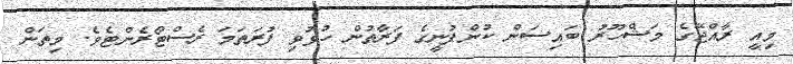
މިއީ ރާއްޖޭގެ މަޝްހޫރު ބައިސަން ކުންފުނީގެ ފަރާތުން ހުޅުވި ފުރަތަމަ ރެސްޓޯރެންޓެވެ. މިތަން